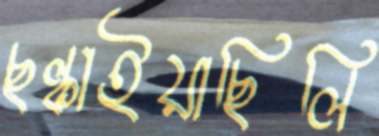
ছল্‌কাইয়াছিলি